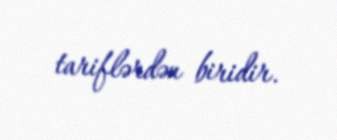
tariflərdən biridir.